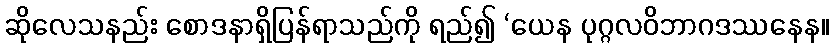
ဆိုလေသနည်း စောဒနာရှိပြန်ရာသည်ကို ရည်၍ ‘ယေန ပုဂ္ဂလဝိဘာဂဒဿနေန။